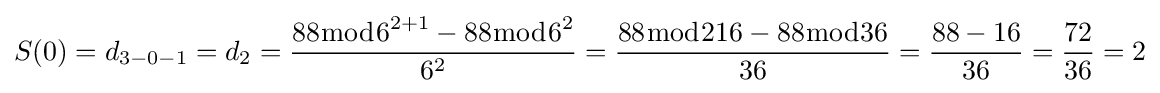
S(0)=d_{3-0-1}=d_{2}={\frac {88{\bmod {6}}^{2+1}-88{\bmod {6}}^{2}}{6^{2}}}={\frac {88{\bmod {2}}16-88{\bmod {3}}6}{36}}={\frac {88-16}{36}}={\frac {72}{36}}=2